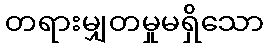
တရားမျှတမှုမရှိသော